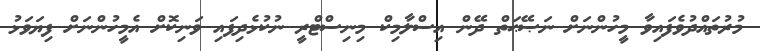
މުރުތައްދުވެފައިވާ މީހުންނަށް ނަޞޭޙަތް ދޭން އިސްލާމިކް މިނިސްޓްރީ ނުކުޅެދިފައި ވަނިކޮށް އެމީހުންނަށް ފިޔަވަޅު